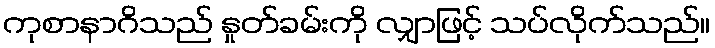
ကုစာနာဂိသည် နှုတ်ခမ်းကို လျှာဖြင့် သပ်လိုက်သည်။